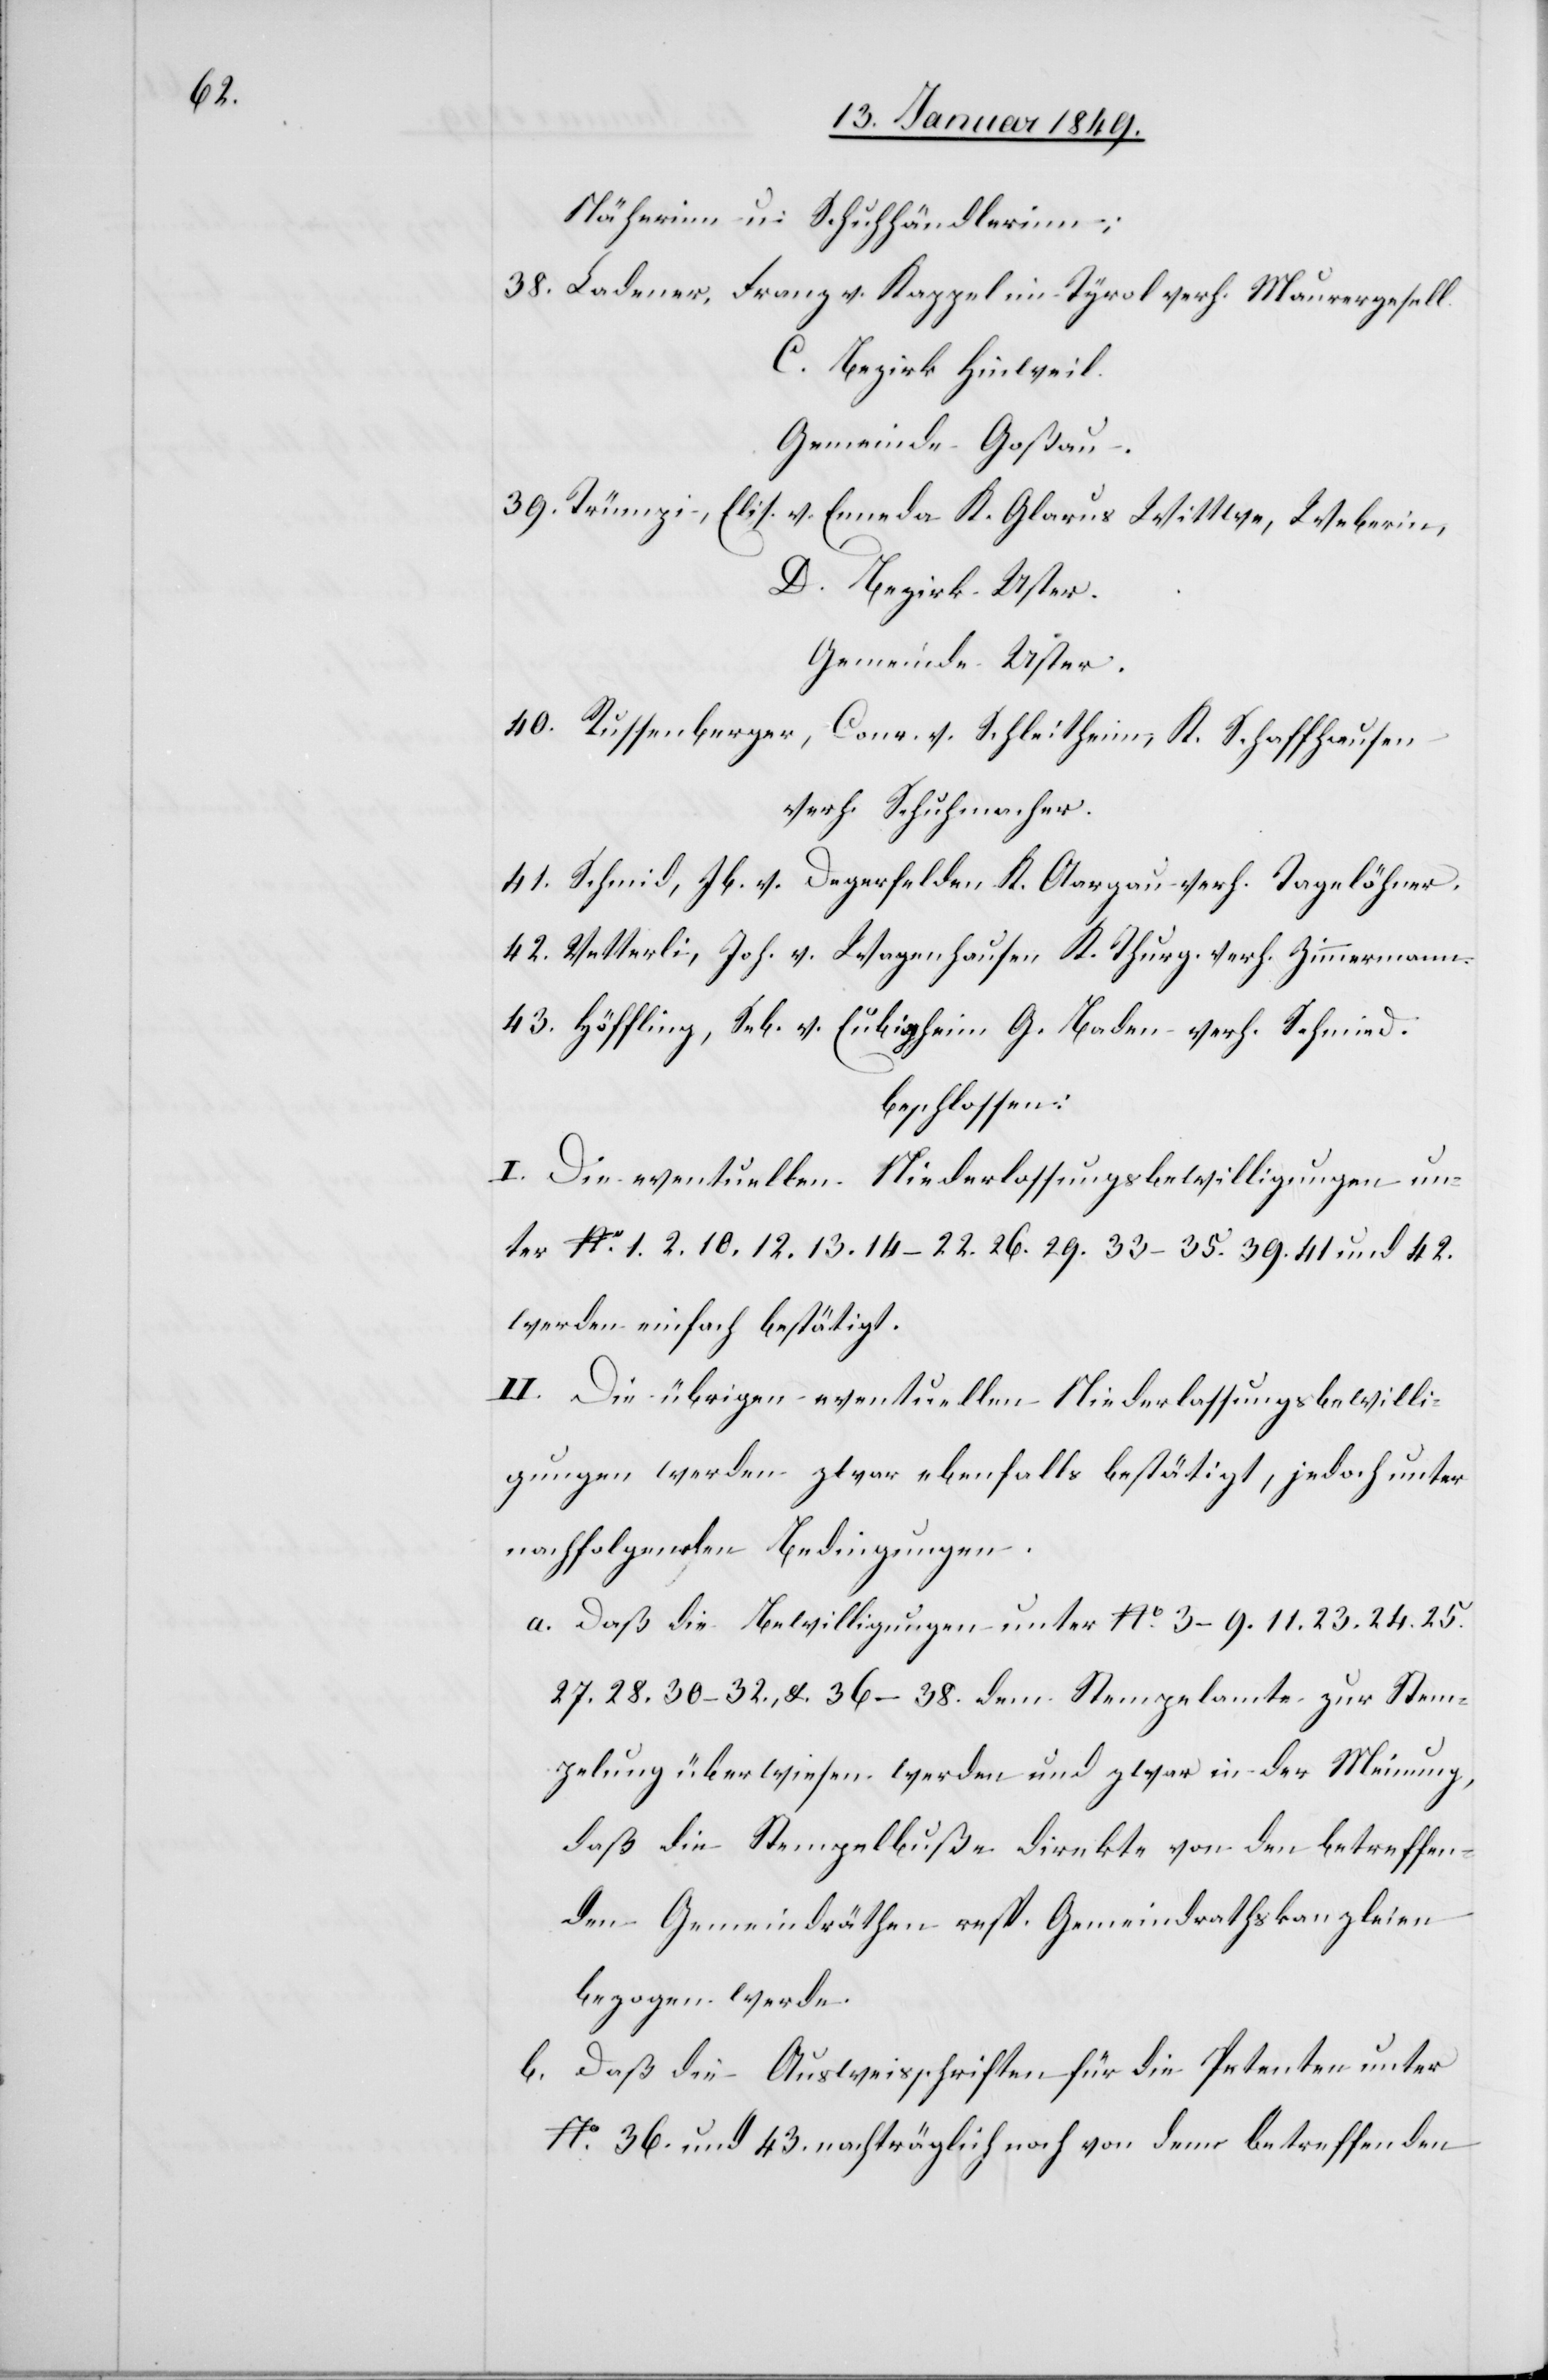
Näherinn u. Schuhhändlerinn;
38. Ladener, Franz v. Kappel im Tyrol verh. Maurergesell.
C. Bezirk Hinweil.
Gemeinde Goßau.
39. Trümpi, Elis. v. Enneda K. Glarus Wittwe, Weberin,
D. Bezirk Uster.
Gemeinde Uster.
40. Russenberger, Conr. v. Schleitheim, K. Schaffhausen
verh. Schuhmacher.
41. Schmid, Jb. v. Degerfelden K. Aargau verh. Tagelöhner.
42. Vetterli, Joh. v. Wagenhausen K. Thurg. verh. Zimmermann.
43. Höffling, Seb. v. Eubigheim G. Baden verh. Schmied.
beschlossen:
I. Die eventuellen Niederlassungsbewilligungen un¬
ter Nr. 1. 2. 10. 12. 13. 14 – 22. 26. 29. 33 – 35. 39. 41 und 42.
werden einfach bestätigt.
II. Die übrigen eventuellen Niederlassungsbewilli¬
gungen werden zwar ebenfalls bestätigt, jedoch unter
nachfolgenden Bedingungen.
a. daß die Bewilligungen unter No. 3 – 9. 11. 23. 24. 25.
27. 28. 30 – 32. &. 36 – 38. dem Stempelamte zur Stem¬
pelung überwiesen werden und zwar in der Meinung,
daß die Stempelbuße direkte von den betreffen¬
den Gemeindräthen resp. Gemeindrathskanzleien
bezogen werden.
b. daß die Ausweisschriften für die Petenten unter
No. 36. und 43. nachträglich noch von dem betreffenden